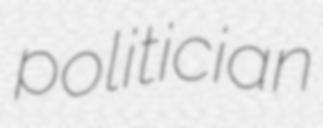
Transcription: politician